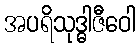
အပရိသုဒ္ဓါဇီဝေါ